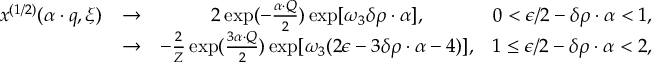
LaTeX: \begin{array} { c c c r } { { x ^ { ( 1 / 2 ) } ( \alpha \cdot q , \xi ) } } & { { \rightarrow } } & { { 2 \exp ( - { \frac { \alpha \cdot Q } { 2 } } ) \exp [ \omega _ { 3 } \delta \rho \cdot \alpha ] , } } & { { 0 < \epsilon / 2 - \delta \rho \cdot \alpha < 1 , } } \\ { { } } & { { \rightarrow } } & { { - { \frac { 2 } { Z } } \exp ( { \frac { 3 { \alpha \cdot Q } } { 2 } } ) \exp [ \omega _ { 3 } ( 2 \epsilon - 3 \delta \rho \cdot \alpha - 4 ) ] , } } & { { 1 \leq \epsilon / 2 - \delta \rho \cdot \alpha < 2 , } } \end{array}